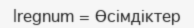
|regnum = Өсімдіктер